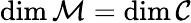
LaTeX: \mathrm{dim}\, {\cal M}=\mathrm{dim}\, {\cal C}